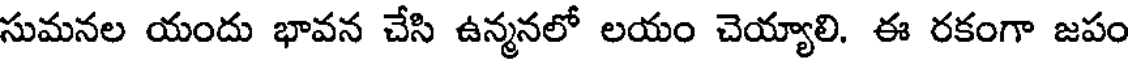
సుమనల యందు భావన చేసి ఉన్మనలో లయం చెయ్యాలి. ఈ రకంగా జపం